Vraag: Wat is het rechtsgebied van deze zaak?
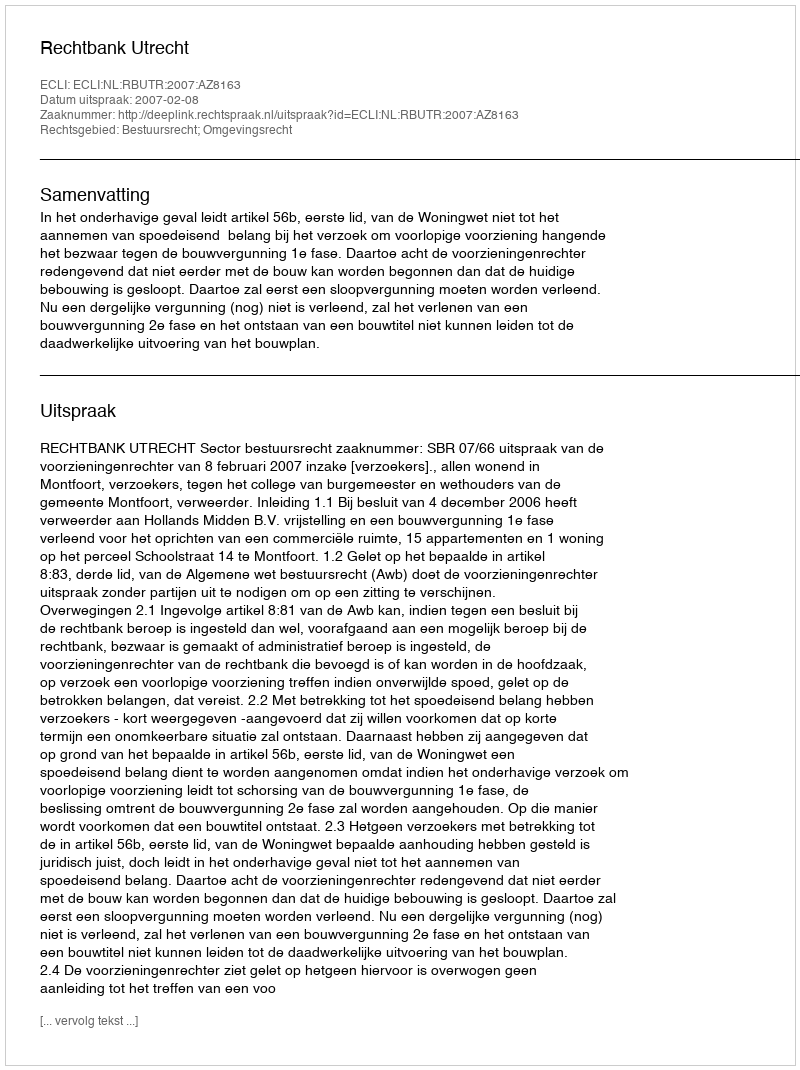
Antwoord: Bestuursrecht; Omgevingsrecht